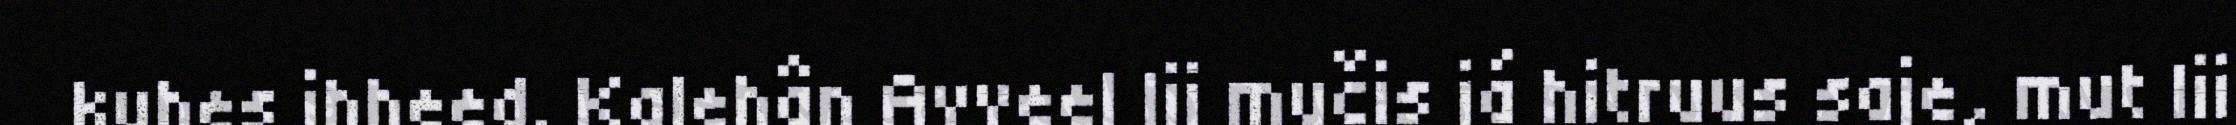
kuhes ihheed. Kalehân Avveel lii mučis já hitruus saje, mut lii